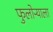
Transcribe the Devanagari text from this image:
फुलोऱ्याला